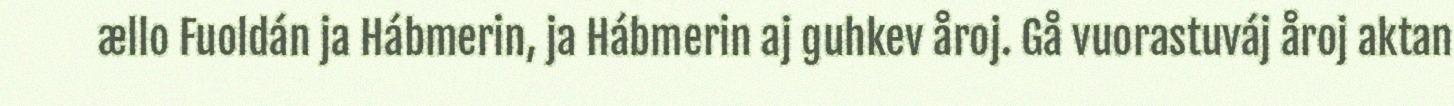
ællo Fuoldán ja Hábmerin, ja Hábmerin aj guhkev åroj. Gå vuorastuváj åroj aktan